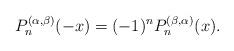
LaTeX: \begin{align*} P^{(\alpha,\beta)}_n(-x)=(-1)^nP^{(\beta,\alpha)}_n(x). \end{align*}